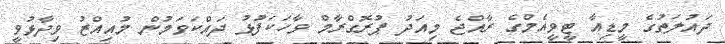
ދައުލަތުގެ މީޑިއާ ޓީވީއެމްގެ ރާއްޖެ މިއަދު ޕުރޮގްރާމް ވާހަކަފުޅު ދައްކަވަމުން މުއިއްޒު ވިދާޅުވީ